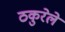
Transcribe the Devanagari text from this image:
ठकुरेले